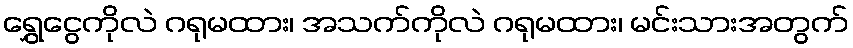
ရွှေငွေကိုလဲ ဂရုမထား၊ အသက်ကိုလဲ ဂရုမထား၊ မင်းသားအတွက်